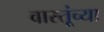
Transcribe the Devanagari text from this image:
वास्तूंच्या